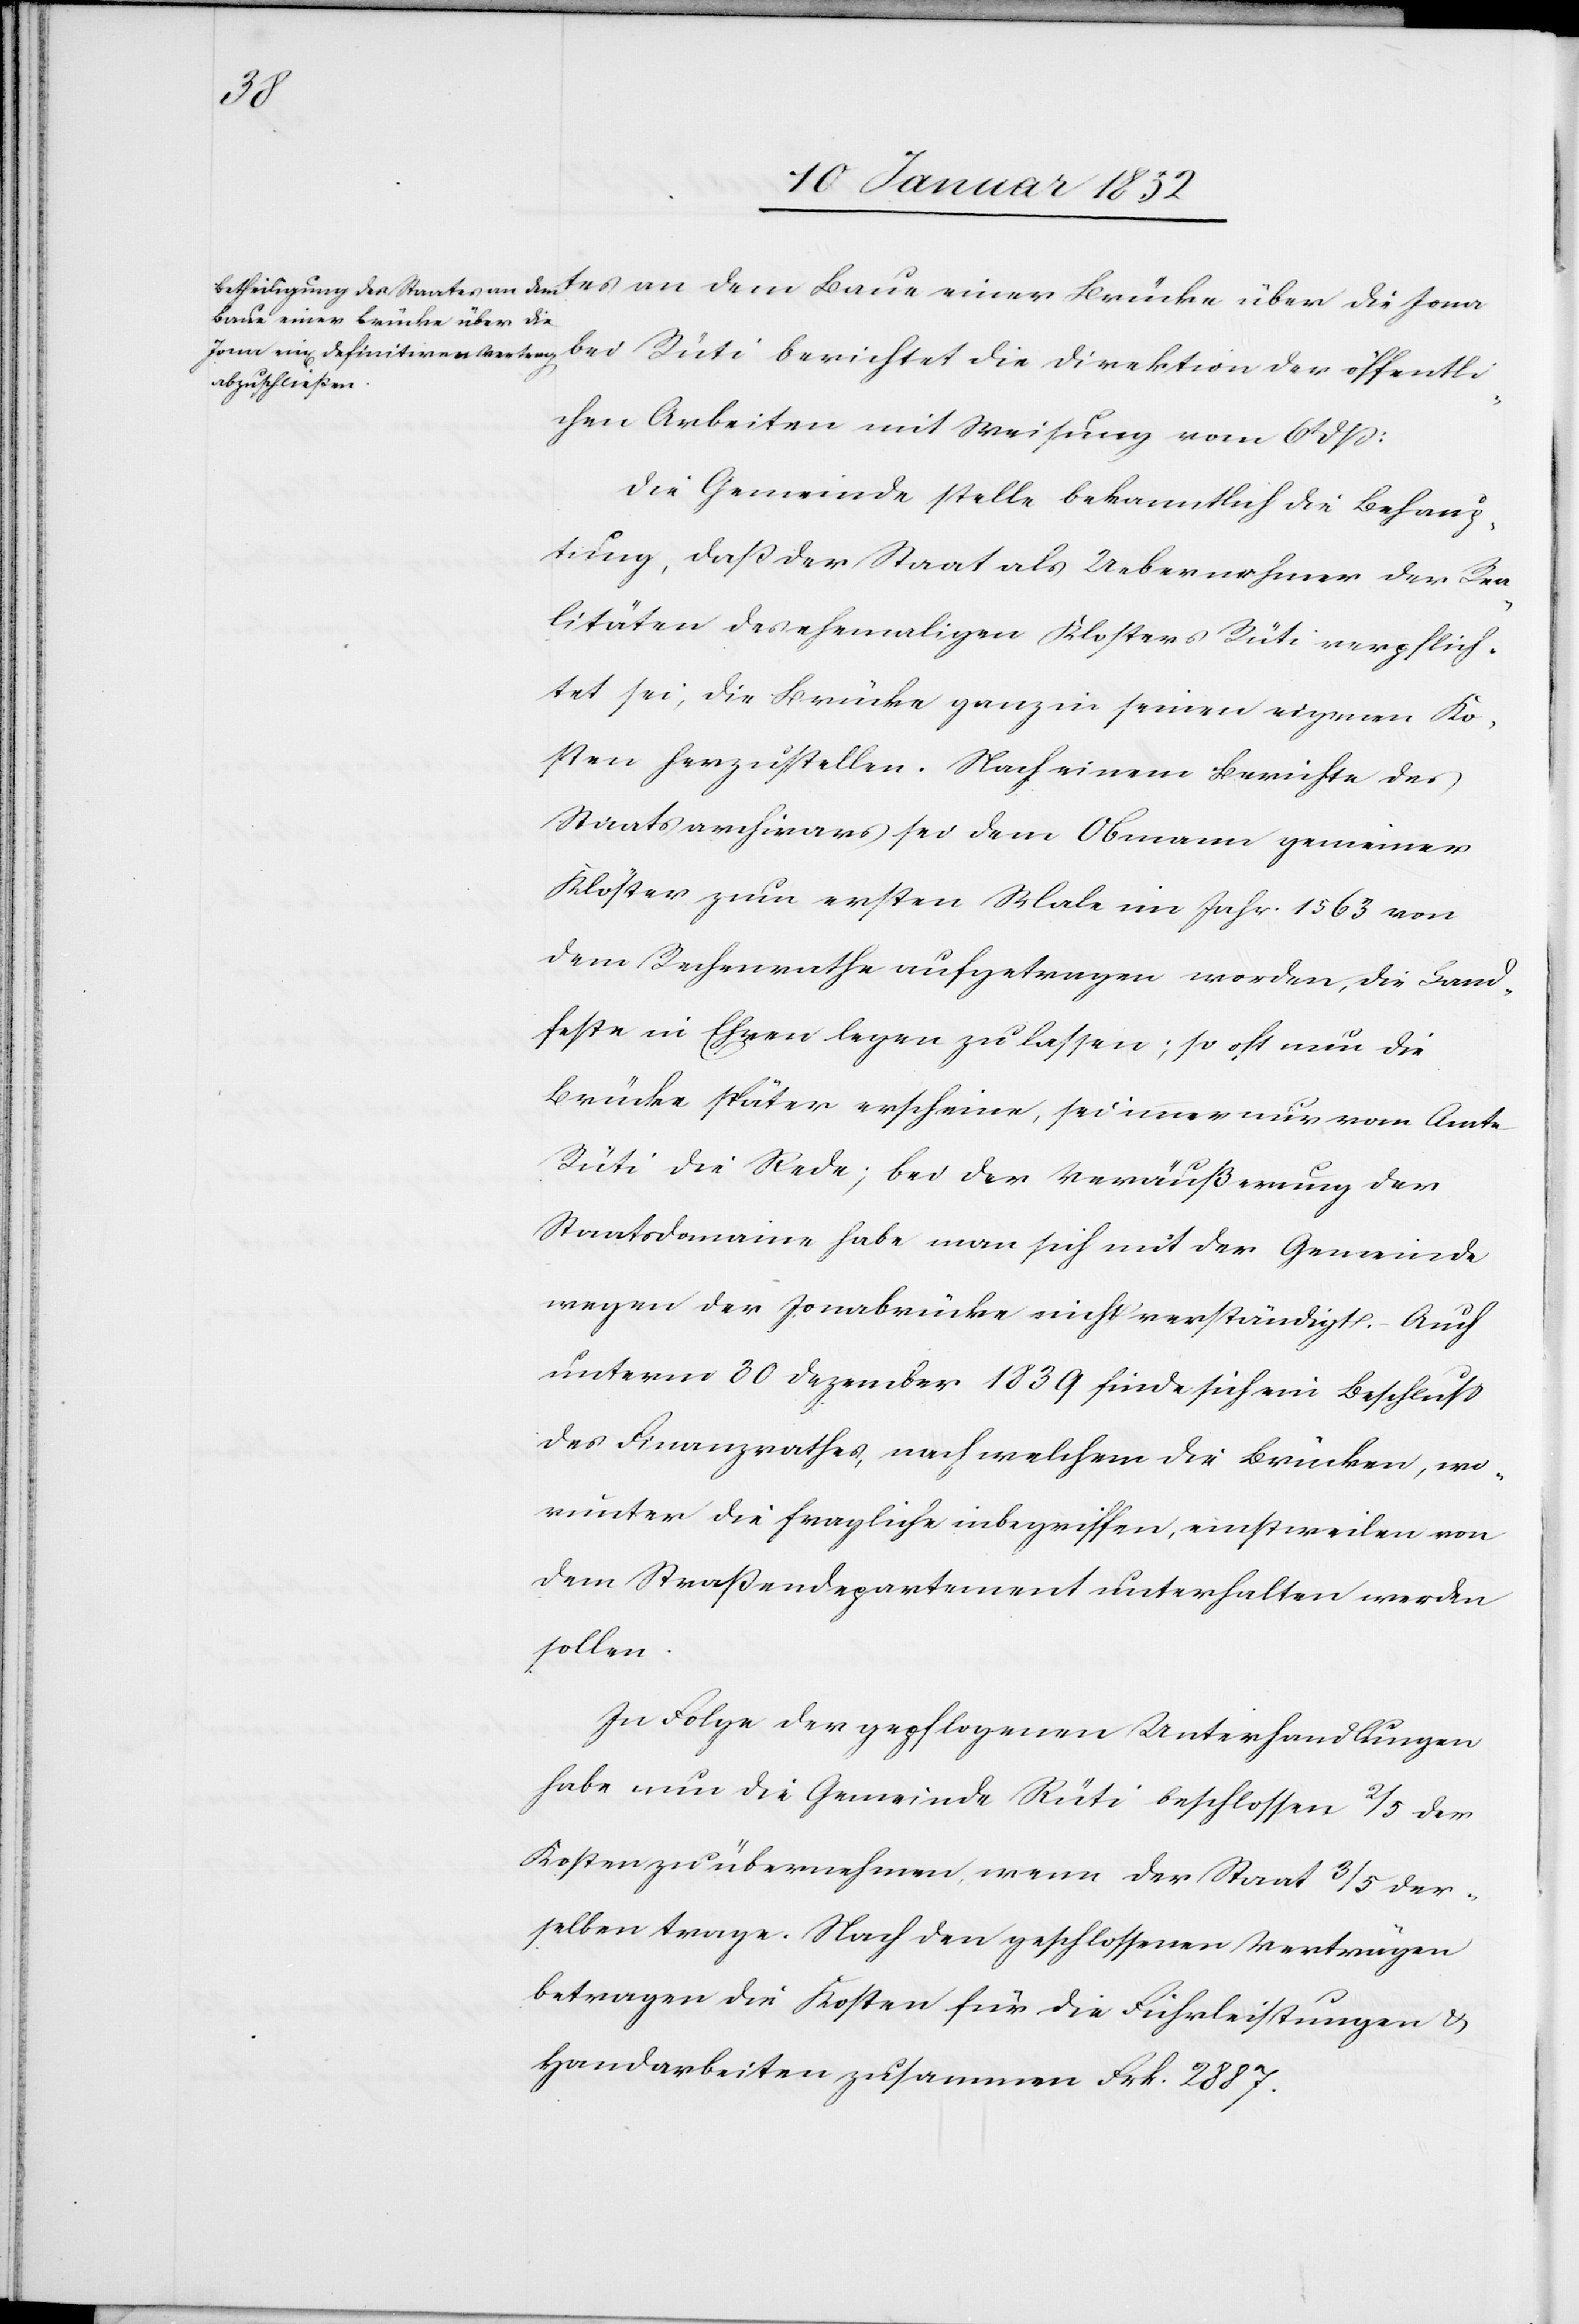
öffent¬
Baue einer Brücke über die
lichen Arbeiten mit Weisung vom 6t dß:
Die Gemeinde stelle bekanntlich die Behaup¬
tung, daß der Staat als Uebernehmer der Rea¬
litäten des ehemaligen Klosters Rüti verpflich¬
tet sei, die Brücke ganz in seinen eigenen Ko¬
sten herzustellen. Nach einem Berichte des
Staatsarchivars sei dem Obmann gemeiner
Klöster zum ersten Male im Jahr 1563 von
dem Rechenrathe aufgetragen worden, die Land¬
feste in Ehren legen zu lassen; so oft nun die
Brücke später erscheine, sei immer nur vom Amte
Rüti die Rede; bei der Veräußerung der
Staatsdomaine habe man sich mit der Gemeinde
wegen der Jonabrücke nicht verständigt. Auch
unterm 30 September 1839 finde sich ein Beschluss
des Finanzrathes, nach welchem die Brücken, wo¬
runter die fragliche inbegriffen, einstweilen von
dem Straßendepartement unterhalten werden
sollen.
In Folge der gepflogenen Unterhandlungen
habe nun die Gemeinde Rüti beschlossen 2/5 der
Kosten zu übernehmen wenn der Staat 3/5 der¬
selben trage. Nach den geschlossenen Verträgen
betragen die Kosten für die Fuhrleistungen u.
Handarbeiten zusammen Frk. 2887.